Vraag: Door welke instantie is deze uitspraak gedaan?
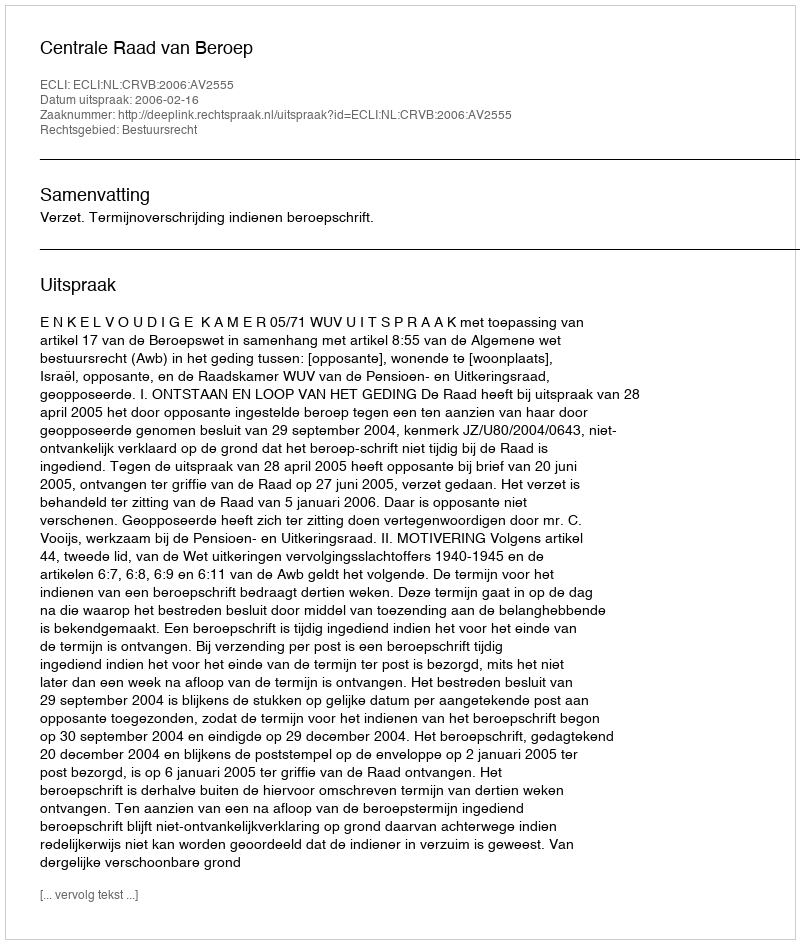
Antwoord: Centrale Raad van Beroep